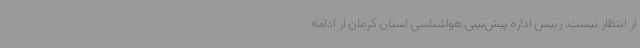
از انتظار نیست. رییس اداره پیش‌بینی هواشناسی استان کرمان از ادامه